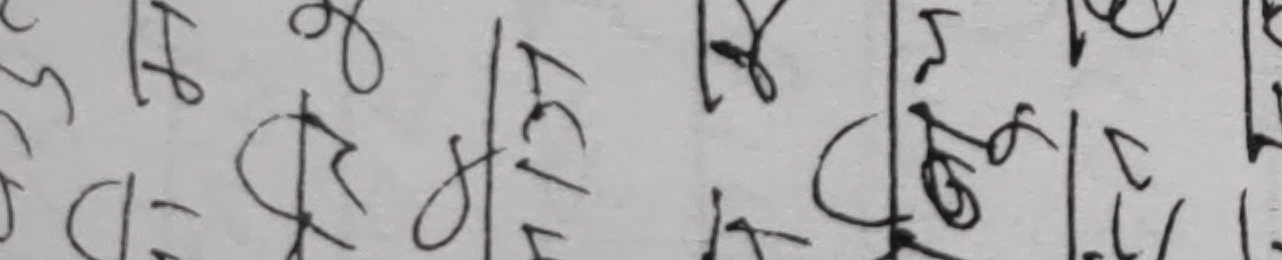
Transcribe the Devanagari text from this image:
रहिलेस